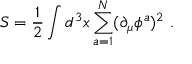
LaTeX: S = { \frac { 1 } { 2 } } \int d ^ { 3 } x \sum _ { a = 1 } ^ { N } ( \partial _ { \mu } \phi ^ { a } ) ^ { 2 } \ .